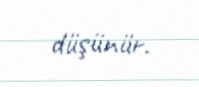
düşünür.